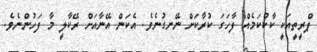
ޕްރީތީއަކީ ކާކުކަމެއް ފާހަގަ ކުރާކަށް ނޭނގުނެވެ. އެކަން އޭނާއަށް ރޭކާލީ މާ ފަހުންނެވެ.